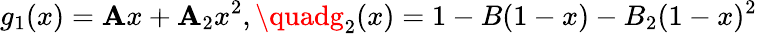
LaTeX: g_{1}(x)=\mathbf{A}x+\mathbf{A}_{2}x^{2},\quadg_{2}(x)=1-B(1-x)-B_{2}(1-x)^{2}